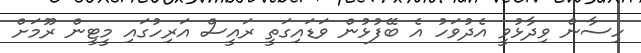
ހިސާން ވިދާޅުވީ އެދުވަހު އެ ބޭފުޅުން ވަޑައިގަތީ ރައީސް އަރިހުގައި މީޓީން ރޫމަށް